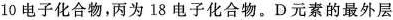
10电子化合物，丙为18电子化合物。D元素的最外层